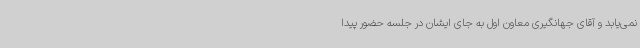
نمی‌یابد و آقای جهانگیری معاون اول به جای ایشان در جلسه حضور پیدا